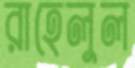
রাহেলুল